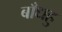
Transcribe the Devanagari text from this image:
बाँधहु